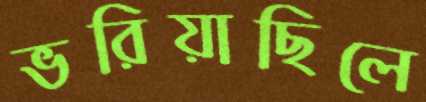
ভরিয়াছিলে